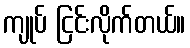
ကျုပ် ငြင်းလိုက်တယ်။